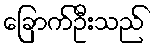
ခြောက်ဦးသည်